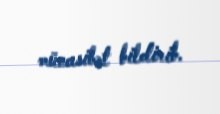
münasibət bildirib.